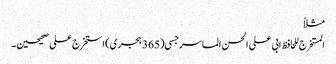
مثلاً
المستخرج للحافظ ابی علی الحسن الماسرجسی (365 ہجری) استخرج علی صحیحین۔